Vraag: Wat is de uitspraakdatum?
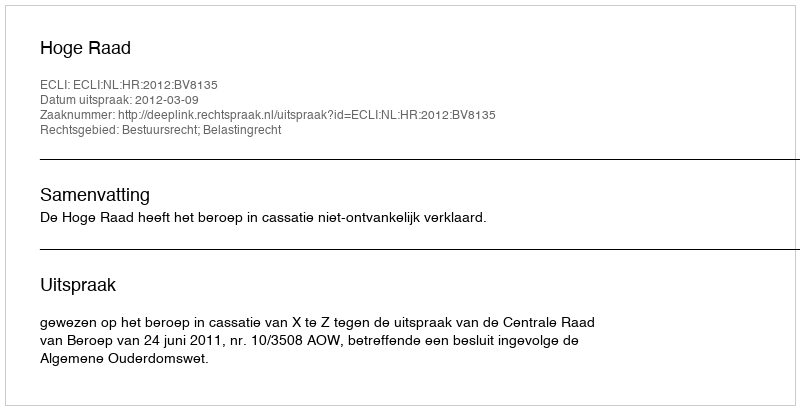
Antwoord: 2012-03-09